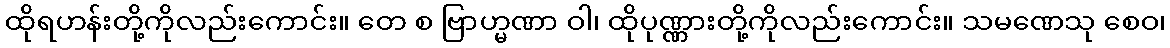
ထိုရဟန်းတို့ကိုလည်းကောင်း။ တေ စ ဗြာဟ္မဏာ ဝါ၊ ထိုပုဏ္ဏားတို့ကိုလည်းကောင်း။ သမဏေသု စေဝ၊